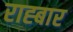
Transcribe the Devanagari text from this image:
राह्बार